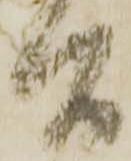
間